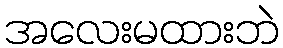
အလေးမထားဘဲ